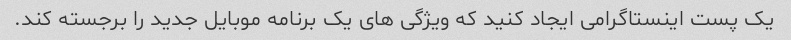
یک پست اینستاگرامی ایجاد کنید که ویژگی های یک برنامه موبایل جدید را برجسته کند.